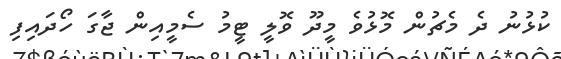
ކުޅުނު ދެ މެޗުން މޮޅުވެ މީދޫ ވޮލީ ޓީމު ސެމީއިން ޖާގަ ހޯދައިފި